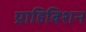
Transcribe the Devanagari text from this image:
प्राहिबिशन